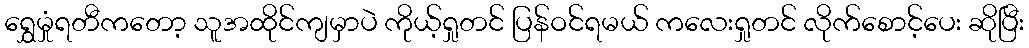
ရွှေမှုံရတီကတော့ သူအထိုင်ကျမှာပဲ ကိုယ့်ရှုတင် ပြန်ဝင်ရမယ် ကလေးရှုတင် လိုက်စောင့်ပေး ဆိုပြီး